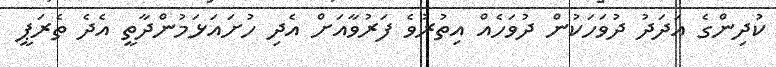
ކުދިންގެ އަދަދު ދުވަހަކުން ދުވަހެއް އިތުރުވެ ފަރުވާއަށް އެދި ހުށައަޅަމުންދާތީ އެދެ ތެރަޕީ